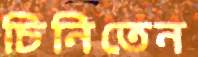
চিনিতেন